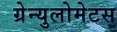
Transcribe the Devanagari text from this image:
ग्रेन्युलोमेटस